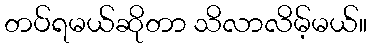
တပ်ရမယ်ဆိုတာ သိလာလိမ့်မယ်။